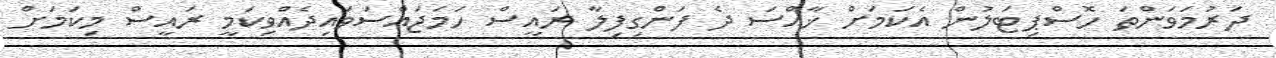
ދަރުމަވަންތަ ހޮސްޕިޓަލުން އެކަމަށް ޚާއްސަ ދެ ފަންގިފިލާ ރައީސް ހަމަޖައްސަވައިދެއްވިކަމީ ރައީސް މިކަމަށް